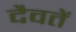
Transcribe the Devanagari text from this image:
दैवतें